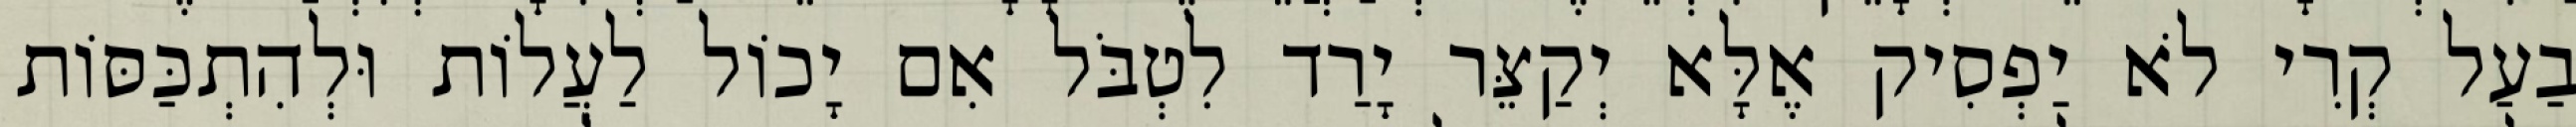
בַעַל קְרִי לֹא יַפְסִיק אֶלָּא יְקַצֵּר יָרַד לִטְבֹּל אִם יָכוֹל לַעֲלוֹת וּלְהִתְכַּסּוֹת